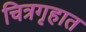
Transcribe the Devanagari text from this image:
चित्रगृहात